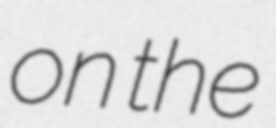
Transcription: on the